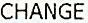
CHANGE